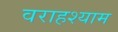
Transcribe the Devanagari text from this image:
वराहश्याम